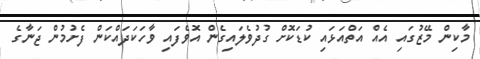
މާކިން މޭޒުގައި އެއް އަތްއަޅައި ކުޑަކޮށް ގުދުވެލައިގެން އޮވެފައި ވާހަކަދައްކަން ފެށުމުން ޖަނާގެ